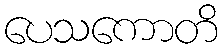
ပေသကောတိ